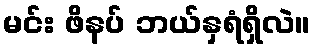
မင်း ဖိနပ် ဘယ်နှရံရှိလဲ။